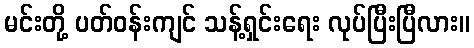
မင်းတို့ ပတ်ဝန်းကျင် သန့်ရှင်းရေး လုပ်ပြီးပြီလား။